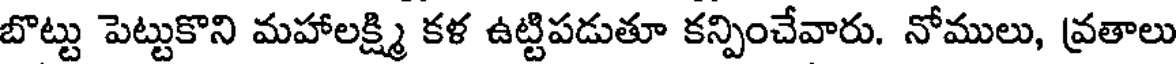
బొట్టు పెట్టుకొని మహాలక్ష్మి కళ ఉట్టిపడుతూ కన్పించేవారు. నోములు, వ్రతాలు